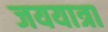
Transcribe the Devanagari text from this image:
जययात्रा